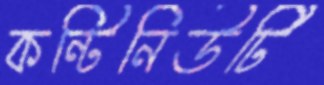
কন্টিনিউটি